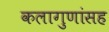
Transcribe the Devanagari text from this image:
कलागुणांसह